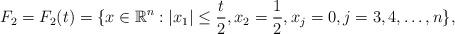
LaTeX: \begin{align*}F_2 = F_2(t) = \{x \in \mathbb R^n: |x_1| \le \frac{t}{2},x_2 = \frac{1}{2}, x_j = 0, j = 3,4,\dots,n\},\end{align*}